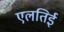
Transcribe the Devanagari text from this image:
एलतिई